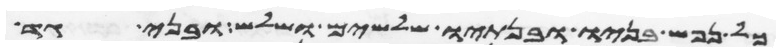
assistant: כל נפש בניו ובנתיו שלשים ושלש ובני גד